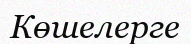
Көшелерге